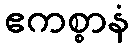
ဧကစ္စာနံ